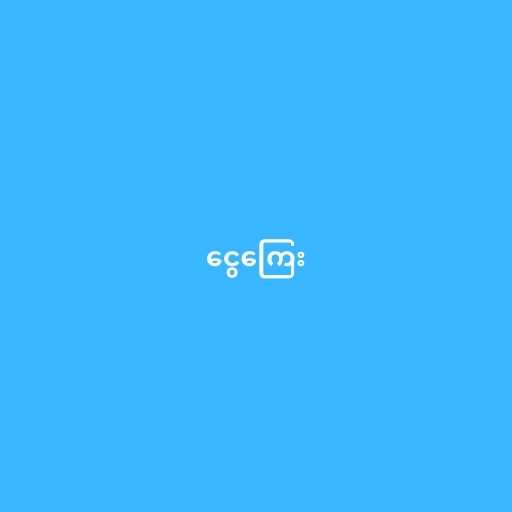
ငွေကြေး